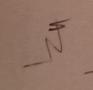
Signature authenticity: genuine